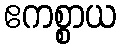
ဧကစ္စာယ